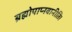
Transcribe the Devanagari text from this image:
ब्रह्मोपाप्नवानीति।